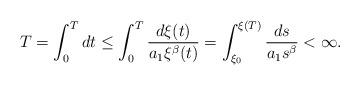
LaTeX: \begin{align*}T=\int_{0}^{T}dt&\leq \int_{0}^{T}\frac{d\xi(t)}{a_{1}\xi^{\beta}(t)}=\int_{\xi_{0}}^{\xi(T)}\frac{ds}{a_{1}s^{\beta}}< \infty.\end{align*}